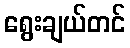
ရွေးချယ်တင်